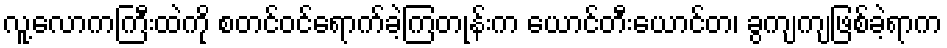
လူ့လောကကြီးထဲကို စတင်ဝင်ရောက်ခဲ့ကြတုန်းက ယောင်တီးယောင်တ၊ ခွကျကျဖြစ်ခဲ့ရာက